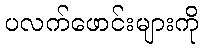
ပလက်ဖောင်းများကို